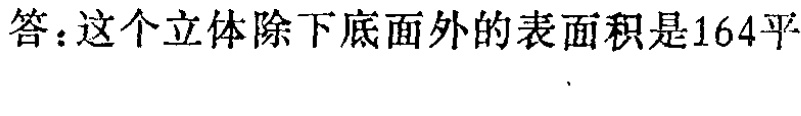
答：这个立体除下底面外的表面积是164平